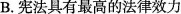
B.宪法具有最高的法律效力